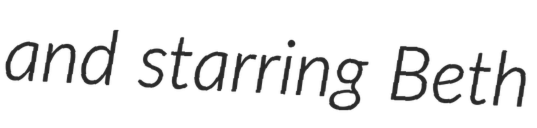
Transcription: and starring Beth